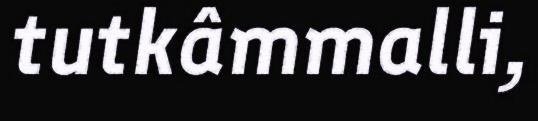
tutkâmmalli,